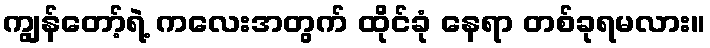
ကျွန်တော့်ရဲ့ ကလေးအတွက် ထိုင်ခုံ နေရာ တစ်ခုရမလား။